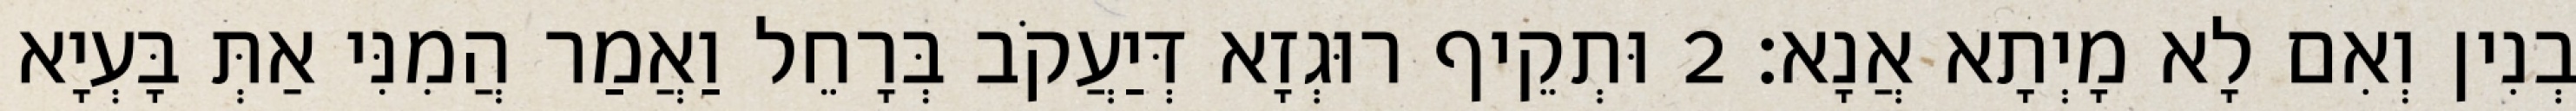
בְנִין וְאִם לָא מָיְתָא אֲנָא׃ 2 וּתְקֵיף רוּגְזָא דְּיַעֲקֹב בְּרָחֵל וַאֲמַר הֲמִנִּי אַתְּ בָּעְיָא